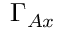
\Gamma _ { A x }